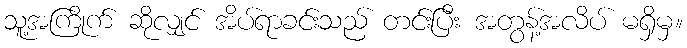
သူ့အကြိုက် ဆိုလျှင် အိပ်ရာခင်းသည် တင်းပြီး အတွန့်အလိပ် မရှိမှ။